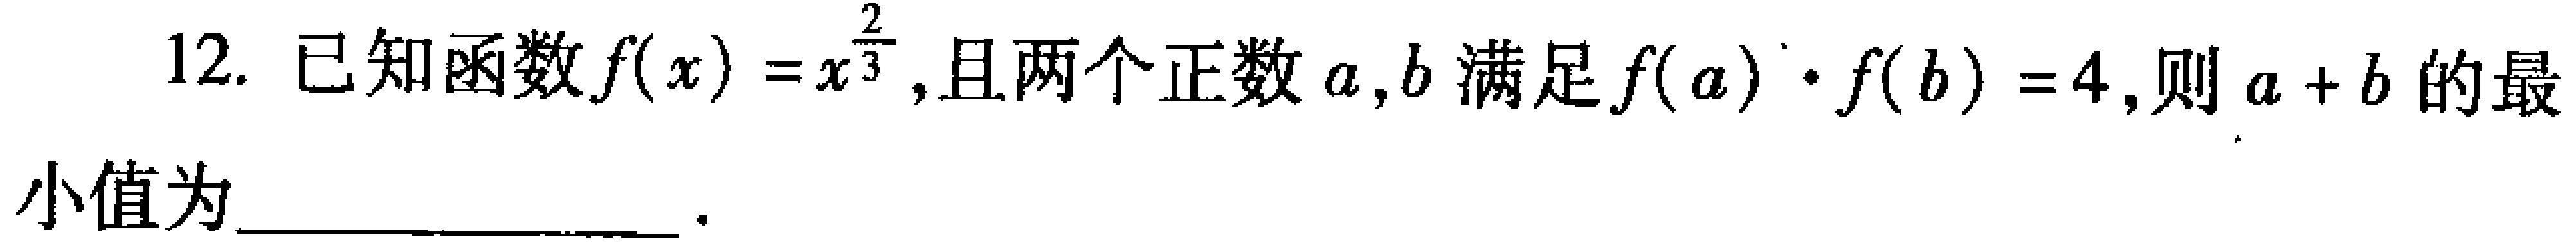
12. 已知函数\(f(x)=x^{\frac{2}{3}}\)，且两个正数\(a,b\)满足\(f(a)\cdot f(b)=4\)，则\(a + b\)的最

小值为  ．